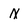
Character: N